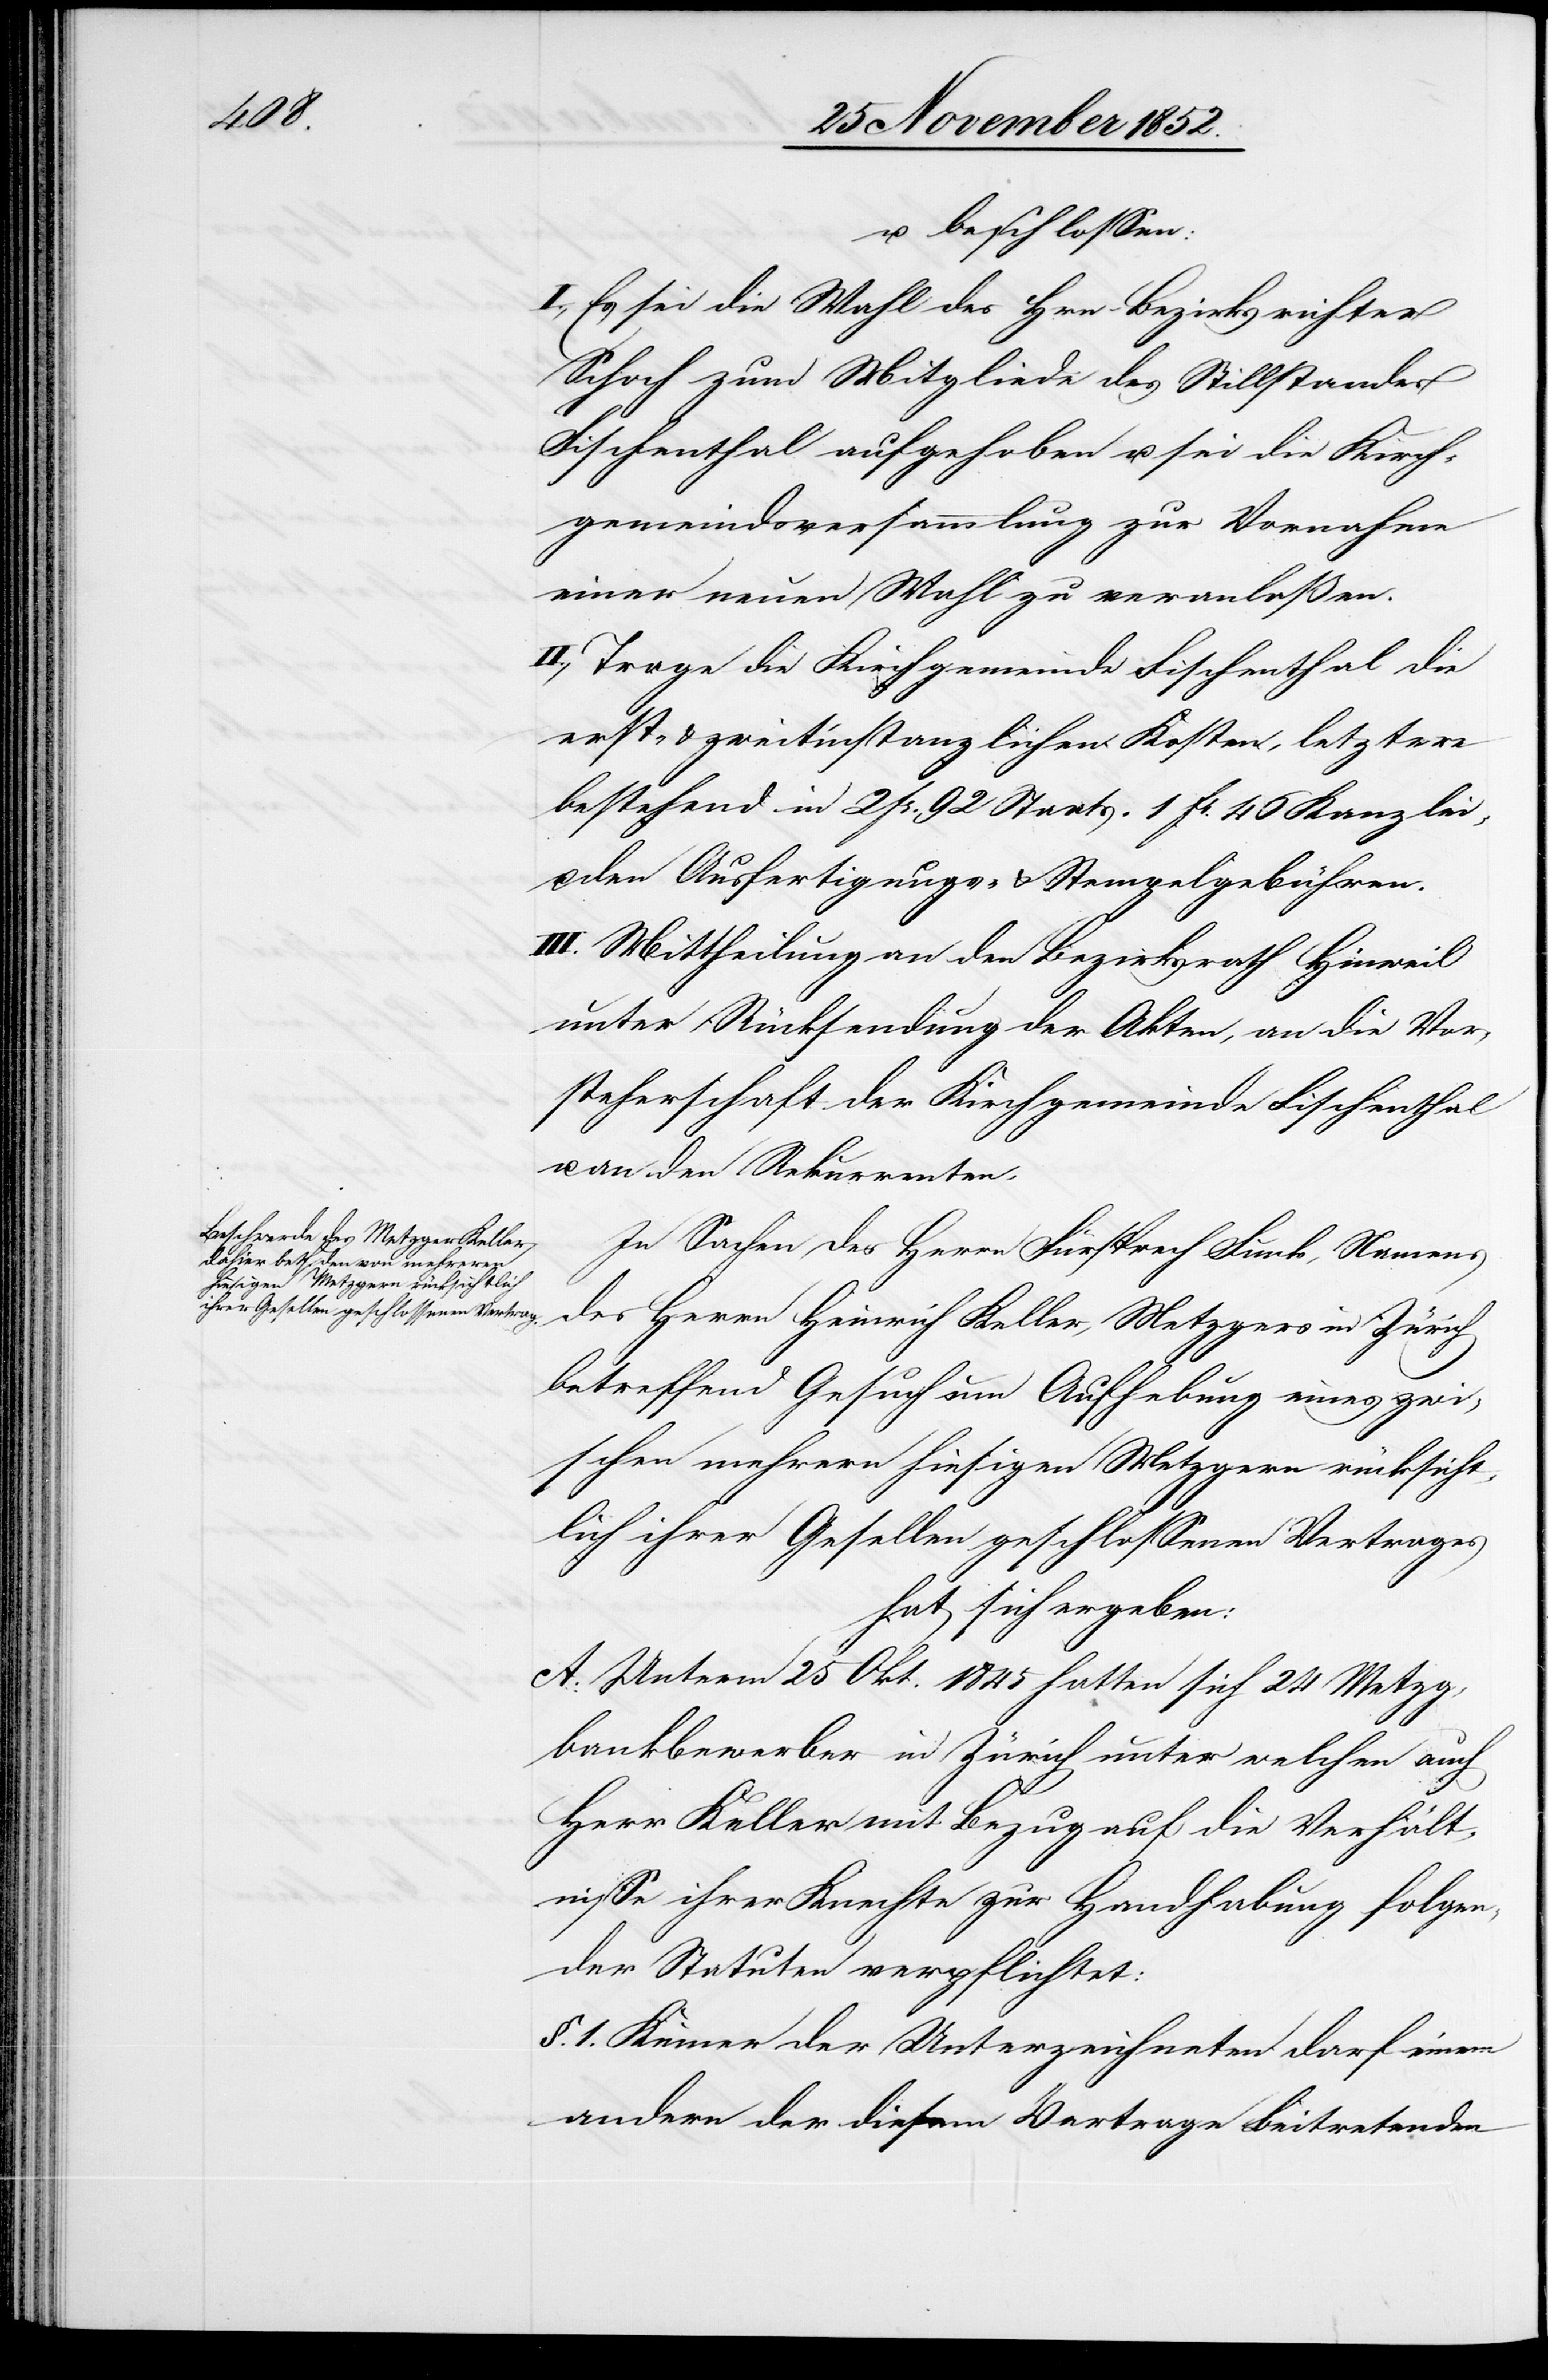
u. beschlossen:
I., Es sei die Wahl des Hrn. Bezirksrichter
Schoch zum Mitgliede des Stillstandes
Fischenthal aufgehoben u. sei die Kirch¬
gemeindsversammlung zur Vornahme
einer neuen Wahl zu veranlaßen.
II., Trage die Kirchgemeinde Fischenthal die
erst- & zweitinstanzlichen Kosten, letztere
bestehend in 2 Fr. 92 Staats-[,] 1 Fr. 46 Kanzlei-
den Ausfertigungs- & Stempelgebühren.
III. Mittheilung an den Bezirksrath Hinweil
unter Rücksendung der Akten, an die Vor¬
steherschaft der Kirchgemeinde Fischenthal
In Sachen des Herrn Fürsprech Funk, Namens
des Herrn Heinrich Keller, Metzgers in Zürich
betreffend Gesuch um Aufhebung eines zwi¬
schen mehrern hiesigen Metzgern rücksicht¬
lich ihrer Gesellen geschlossenen Vertrages
hat sich ergeben:
A. Unterm 25 Okt. 1845 hatten sich 24 Metzg¬
bankbewerber in Zürich unter welchen auch
Herr Keller mit Bezug auf die Verhält¬
nisse ihrer Knechte zur Handhabung folgen¬
der Statuten verpflichtet:
§. 1. Keiner der Unterzeichneten darf einem
andern der diesem Vertrage Beitretenden